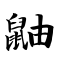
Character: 鼬